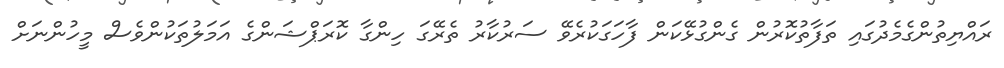
ރައްޔިތުންގެމެދުގައި ތަފާތުކޮރުން ގެންގުޅޭކަން ފާހަގަކުރެވޭ ސަރުކާރު ތެރޭގަ ހިންގާ ކޮރަޕްޝަންގެ އަމަލުތަކުންވެސް މީހުންނަށް